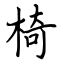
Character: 椅